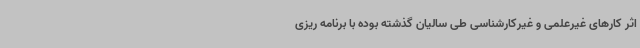
اثر کارهای غیرعلمی و غیرکارشناسی طی سالیان گذشته بوده با برنامه ریزی